Annual report of the Madras Medical College
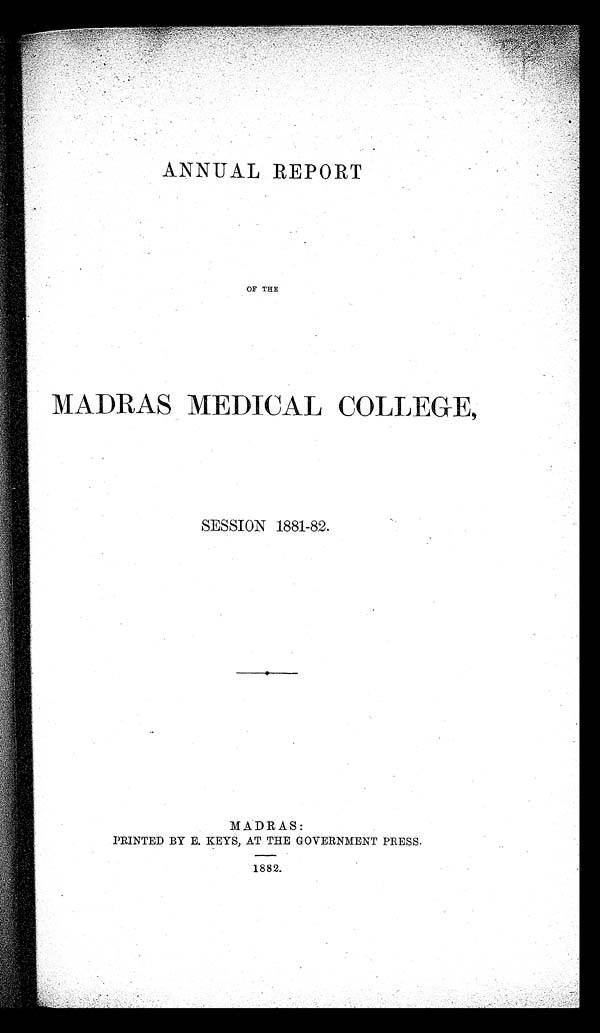
ANNUAL REPORT
OF THE
MADRAS MEDICAL COLLEGE,
SESSION 1881-82.
MADRAS:
PRINTED BY E. KEYS, AT THE GOVERNMENT PRESS.
1882.